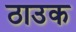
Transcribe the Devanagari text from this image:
ठाउक